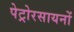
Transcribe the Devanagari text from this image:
पेट्रोरसायनों